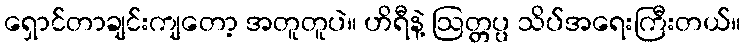
ရှောင်တာချင်းကျတော့ အတူတူပဲ။ ဟိရီနဲ့ ဩတ္တပ္ပ သိပ်အရေးကြီးတယ်။